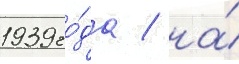
1939 го́да / на́